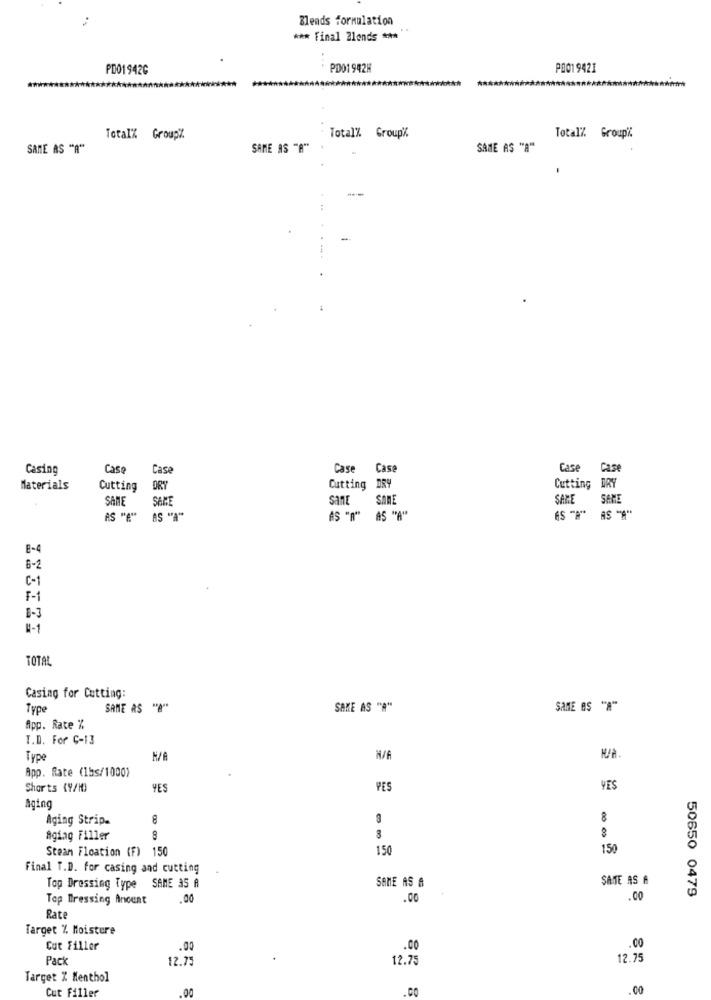
Blends formulation
*** Final Blends ****
PD01942G
PD01942H
P0019421
Total% GroupZ
Total% Group"
TotalZ Group".
SAME AS "A"
SAME AS "A"
SAME AS "A"
-
Casing
Casa
Cas
Case Case
Case
Case
Materials
Cutting
ORY
Cutting DRY
Cutting
DRY
SAME
SAME
SanE
SAME
SARE
SAME
AS "E" AS "A"
AS "A" AS "A"
8-4
6-2
C-1
F-1
0-3
H-1
TOTAL
Casing for Cutting:
Type
SAME AS "A"
SAKE AS "A"
SAME BS "A"
App. Rate %
T.D. For Ç-13
Type
App. Rate (1bs/1000)
Shorts (9/11)
YES
YES
YES
Aging
Aging Strip.
Aging Filler
8
8
00 09
Steam Floation (F) 150
150
150
Final T.D. for casing and cutting
SAME AS &
SAME AS A
Top Dressing Type SAME 35 A
50650 0479
Top Dressing Ancunt
.00
.00
.00
Rate
Target % Moisture
Cut Filler
.00
.00
.00
Pack
12.75
12.75
12.75
Target Z Menthol
Cut Filler
00